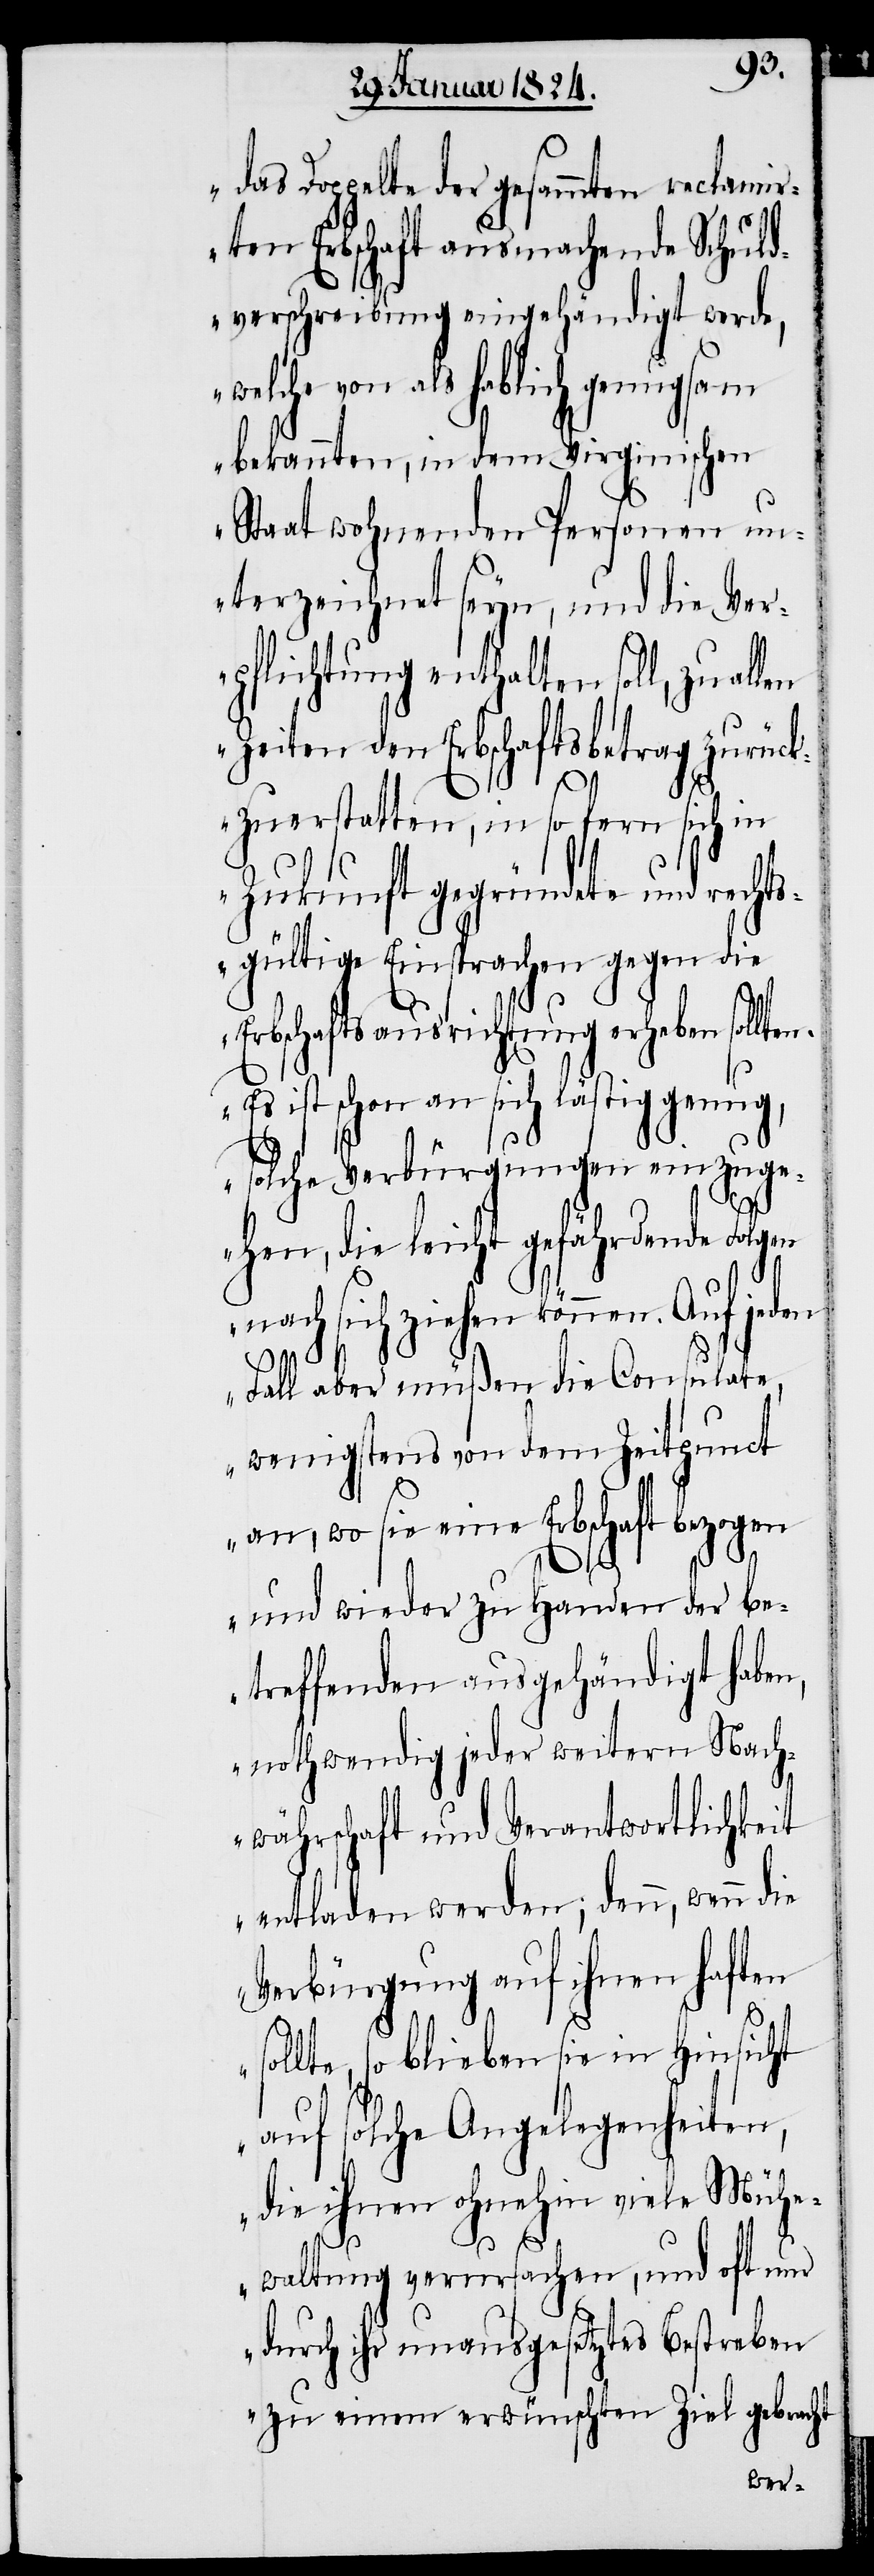
das Doppelte der gesammten reclami¬
rten Erbschaft ausmachende Schuld¬
verschreibung eingehändigt werde,
welche von als hablich
bekannten, in dem Virginischen
Staat wohnenden Personen un¬
terzeichnet seyn, und die Ver¬
pflichtung enthalten soll, zu
Zeiten den Erbschaftsbetrag zurück¬
zuerstatten, in so fern sich in
Zukunft gegründete und recht¬
sgültige Einsprachen gegen die
Erbschaftsausrichtung erheben sollt¬
Es ist schon an sich lästig genug,
solche Verbürgerungen einzug¬
ehen, die leicht gefährdende Folgen
nach sich ziehen können.
Fall aber müßen die Consulate,
wenigstens von dem Zeitpunct
an, wo sie eine Erbschaft bezogen
und wieder zu Handen der be¬
treffenden ausgehändigt haben,
nothwendig jeder weitern Nach¬
währschaft und Verantwortlichkeit
entladen werden; dann, wenn
Verbürgerung auf ihnen haften
sollte, so blieben sie in Hinsicht
auf solche Angelegenheiten,
die ihnen ohnehin viele Mühe¬
waltung verursachen, und oft nur
en.
durch ihr unausgesetztes Bestreben
zu einem erwünschten Ziel gebraucht